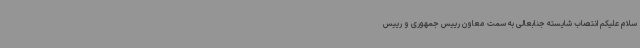
سلام علیکم انتصاب شایسته جنابعالی به سمت معاون رییس جمهوری و رییس